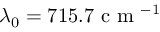
\lambda _ { 0 } = 7 1 5 . 7 \mathrm { ~ c ~ m ~ } ^ { - 1 }